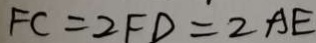
F C = 2 F D = 2 A E